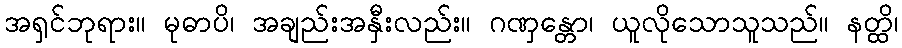
အရှင်ဘုရား။ မုဓာပိ၊ အချည်းအနှီးလည်း။ ဂဏှန္တော၊ ယူလိုသောသူသည်။ နတ္ထိ၊